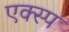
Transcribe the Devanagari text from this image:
एक्स्प